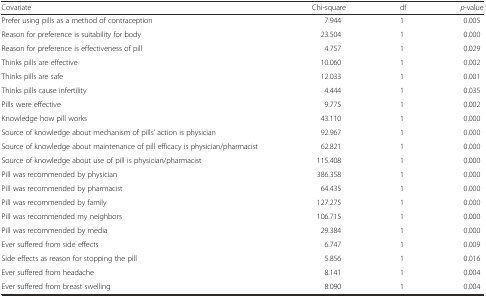
| Covariate | Chi-square | df | p-value |
 | --- | --- | --- | --- |
 | Prefer using pills as a method of contraception | 7.944 | 1 | 0.005 |
 | Reason for preference is suitability for body | 23.504 | 1 | 0.000 |
 | Reason for preference is effectiveness of pill | 4.757 | 1 | 0.029 |
 | Thinks pills are effective | 10.060 | 1 | 0.002 |
 | Thinks pills are safe | 12.033 | 1 | 0.001 |
 | Thinks pills cause infertility | 4.444 | 1 | 0.035 |
 | Pills were effective | 9.775 | 1 | 0.002 |
 | Knowledge how pill works | 43.110 | 1 | 0.000 |
 | Source of knowledge about mechanism of pills’ action is physician | 92.967 | 1 | 0.000 |
 | Source of knowledge about maintenance of pill efficacy is physician/pharmacist | 62.821 | 1 | 0.000 |
 | Source of knowledge about use of pill is physician/pharmacist | 115.408 | 1 | 0.000 |
 | Pill was recommended by physician | 386.358 | 1 | 0.000 |
 | Pill was recommended by pharmacist | 64.435 | 1 | 0.000 |
 | Pill was recommended by family | 127.275 | 1 | 0.000 |
 | Pill was recommended my neighbors | 106.715 | 1 | 0.000 |
 | Pill was recommended by media | 29.384 | 1 | 0.000 |
 | Ever suffered from side effects | 6.747 | 1 | 0.009 |
 | Side effects as reason for stopping the pill | 5.856 | 1 | 0.016 |
 | Ever suffered from headache | 8.141 | 1 | 0.004 |
 | Ever suffered from breast swelling | 8.090 | 1 | 0.004 |